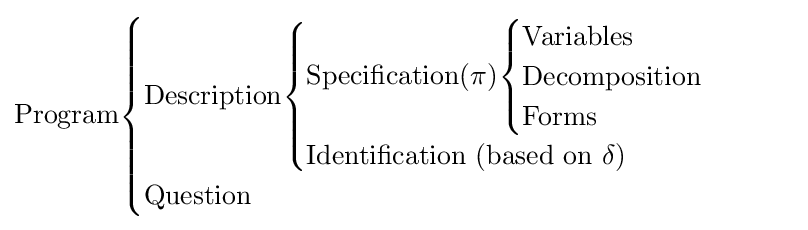
{\text{Program}}{\begin{cases}{\text{Description}}{\begin{cases}{\text{Specification}}(\pi ){\begin{cases}{\text{Variables}}\\{\text{Decomposition}}\\{\text{Forms}}\\\end{cases}}\\{\text{Identification (based on }}\delta )\end{cases}}\\{\text{Question}}\end{cases}}